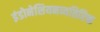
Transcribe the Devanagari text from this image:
इंडोनेशियनव्यतिरिक्त